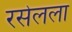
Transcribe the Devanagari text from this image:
रसेलला